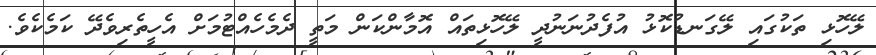
ލޭހޮޅި ތަކުގައި ލޭގަނޑުކޮޅު އުފެދުނަނުދީ ލޭހޮޅިތައް އޮމާންކަން މަތީ ދެމެހެއްޓުމަށް އެހީތެރިވެދޭ ކަމެކެވެ.